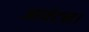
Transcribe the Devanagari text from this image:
आवंटन।